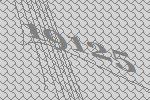
19125